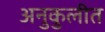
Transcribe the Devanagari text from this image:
अनुकुलीत